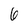
Character: 6